Vital statistics of India. Vol. IV, Annual returns from 1871 to 1876. British Army of India, Native Army and jails of Bengal
Year: 1871
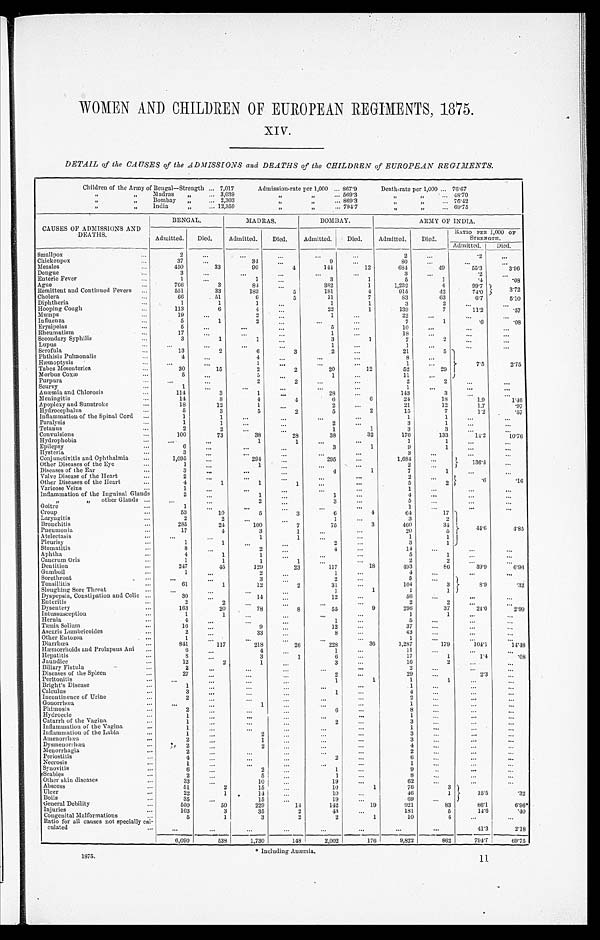
1875.
* Including Anæmia.
11
WOMEN AND CHILDREN OF EUROPEAN REGIMENTS, 1875.
X I V .
DETAIL of the CAUSES of the ADMISSIONS and DEATHS of the CHILDREN of EUROPEAN REGIMENTS.
Children of the Army of Bengal—Strength ... 7,017
Admission-rate per 1,000 ... 867.9
Death-rate per 1,000 ... 76.67
, , , , M a d r a s
„ . . .
3 , 0 3 9 , , , , . . . 5 6 9 . 3 , , , ,
. . . 4 8 . 7 0
, , , ,
, , , , B o m b a y
„ . . .
2 , 3 0 3 , , , , . . . 8 6 9 . 3 , , , , . . .
7 6 . 4 2
,,
,
,
, , , , I n d i a
,, ... 1 2 , 3 5 9
, ,
, , . . .7
9 . 4 7 , , , , . . . 6 9 . 7 5
,, ,, . . . . . . .
6 9 . 7 5
•,
CAUSES OF ADMISSIONS AND
DEATHS.
BENGAL.
MADRAS.
BOMBAY.
ARMY OF INDIA.
Admitted.
Died.
Admitted.
Died.
Admitted.
Died.
Admitted.
Died.
RATIO PER 1,000 oF
STRENGTH.
Admitted.
Died.
Smallpox
... 2
...
...
...
...
2
...
2
2
...
Chickenpox
...
37
...
34
...
9
...
80
...
...
...
Measles
...
450
33
. 90
4
144
12
684
49
55.3
3.96
Dengue
...
450
33
90
4
144
12
684
49
55.3 3.96
Enteric Fever
...
3
...
... ...
...
...
3
...
.2
.08
Ague
...
766
3
84
...
382
1
1,232
4
99.7
Remittent and Continued Fevers
...
551
33
183
5
181
4
915
42
74.0
3 . 7 2
Cholera
...
66
51
6
5
11
7
83
63
6.7
5.10
Diphtheria
...
1
1
1 ...
1
1
3
2
...
...
Hooping Cough
...
113
6
4
...
22
1
139
7
11.2
.57
Mumps
...
19
...
2
...
1
...
22
...
...
...
Influenza
...
5
1
2
...
...
7
1
.6
.08
Erysipelas
...
5
...
...
...
5
...
10
...
...
...
Rheumatism
...
17 ...
...
...
1 ...
18 ...
...
...
Secondary Syphilis
...
3
1
1
...
3
1
7
2
...
...
Lupus
...
...
...
...
...
1
...
1
...
...
...
Scrofula
...
13
2
6
3
.2
...
21
5
Phthisis Pulmonalis
...
4 ...
4
...
...
...
8
...
7.5
Hæmoptysis
...
...
...
1
...
...
...
1
...
7.5
2.75
Tabes Mesenterica
...
30
15
2
2
20
12
52
29 r
Morbus COXæ
...
5 ...
5
...
1
...
11
...
Purpura
...
...
...
2
2
...
...
2
2
...
...
Scurvy
...
1 ...
...
...
...
...
1
...
...
...
Anæmin and Chlorosis
...
114
3
1
...
28
...
143
3
...
...
Meningitis
...
14
8
4
4
6
6
24
18
1.9
1.46
Apoplexy and Sunstroke
...
18
12
1 ...
2
...
21
12
1.7
.97
Hydrocephalus
...
5
3
5
2
5
2
15
7
1.2
.57
Inflammation of the Spinal Cord
...
1
1
...
...
...
...
1
1
...
...
Paralysis
...
1
1
..
...
2
.. .
3
1 ...
...
Tetanus
...
2
2
...
...
1
1
3
3
...
...
Convulsions
...
100
73
38
28
38
32
176
133
14.2
10.76
Hydrophobia
...
...
...
1
1
...
...
1
1
...
...
Epilepsy
...
6
...
...
...
3
1
9
1
...
...
Hysteria
...
3
...
...
...
...
...
3
...
...
...
Conjunctivitis and Ophthalmia
...
1,095 ...
291
...
295 ...
1,684
...
,
Other Diseases of the Eye
...
1
...
1
...
...
...
2
...
136.4
...
Diseases of the Ear
...
3
...
...
...
4
1
7
1
...
...
Valve Disease of the Heart
...
2 ...
...
...
...
...
2 ...
...
...
Other Diseases of the Heart
...
4
1
1
1
...
...
5
2 .6
.16
Varicose Veins
. . . . . . . . .
1
...
...
..
...
...
1
...
...
...
Inflammation of the Inguinal Glands
2
...
1 ...
1
. ..
4
...
...
...
,, ,,other Glands ...
...
...
2
..
3
...
5 ...
...
...
Goitre
...
1 ...
...
...
4
...
1
...
...
...
Croup
...
53
10
5
3
6
4
64
17
Laryngitis
...
2
2
...
...
1
...
3
2 I
Bronchitis
...
285
24
100
.
7
75
3
460
34 44 44. 6
4.85
Pneumonia
.•.
17
4
3
1
...
20
o 5
Atelectasis
...
...
...
1
1
...
1
1
Pleurisy
...
1
1
...
...
2
...
3
1
Stomatitis
...
8 ...
2
...
4
...
14
...
...
...
Aphtha
...
4
1
1 ...
...
...
5
1
...
...
Canerum Oris
...
1
1
1
1
...
...
2
2
...
...
Dentition
...
247
45
129
23
117
18
493
86
39.9
6.96
Gumboil
...
1 ...
2
...
1
...
4 ...
...
...
Sorethroat
...
...
..
3
...
2
...
5
...
8.9
.32
Tonsillitis
...
61 1
12
2
31
..
104
3
8.9
Sloughing Sore Throat
...
...
...
...
1
1
1
1
Dyspepsia, Constipation and Colic ...
30
•.•
...
14
...
12
...
56
...
...
Enteritis
...
2
2
...
...
...
...
2
2
...
Dysentery
...
163
20
78
8
55
9
296
37
24.0
29.9
.
Intussuseeptlon
...
1 1
...
...
...
...
1
1
...
...
Hernia
...
4
...
...
...
1
...
5
...
...
...
Tænia Solium
...
16 ...
9
...
12
...
37
...
...
...
Ascaris Lumbricodes
...
2
...
33
...
8
...
43
...
...
...
,
Other Eutozoa
...
1
...
...
...
...
...
1
...
...
...
Diarrhœa
...
841
. . .
117
218
26
26
228
36
1,287
179
104.1
14.48
Hæmorrhoid polapsus Ani
...
6
..
4 ...
1
..
11
...
...
...
Hepatitis
...
8...
3
1
6
...
17
1
1.4
.08
Jandice
...
12
...
2
...
3
..
16
2 ...
...
Billary Fistula
...
2
...
...
...
...
...
2
...
...
...
Diseases of the Spleen
...
27
...
2 ...
29
...
2.3
...
Peritonitis
... ...
...
...
...
1
1
1
1
...
...
Bright's Disease
...
1
...
....
...
...
...
1
.
....
...
...
Calculus
...
3
...
...
..
...
...
4 ...
...
...
Incontinence of Urine
...
2
...
...
...
...
...
2
...
...
Gonorrhœa
... ...
...
1
...
...
...
1 ...
...
...
Phimosis
...
2
... ...
...
.
6
...
8
...
...
...
Hydrocele
... 1
...
...
...
...
...
1
...
...
...
Catarrh of the Vagina
...1
... ...
...
2
...
3
...
...
...
Inflammation of the Vagina
...1
...
... ...
...
...
...
1
...
...
. . .
Inflammation of the Labia
... 1
...
...
2
...
...
...
3 ...
...
...
Amenorrhœa
... 2
...
1
...
."
...
...
3 ...
...
. . .
...
Dysmenorrhœa
...
2
...
2
...
...
..
4
...
...
...
Menorrhagia
...2
...
...
...
2..
...
...
2 ...
...
......
Periostitis
... 4
...
...
...
2
...
6
...
...
...
Necrosis
... 1
... ...
...
...
...
......
...
...
Syuovitis
...
6
...
.2
...
.
1
...
9
...
...
...
Scabies
...2
......
5
...
1
...
8
...
...
...
Other skin diseases
...
33...
10...
19
62 ...
...
...
Absces
...51
2
15
...
10
1
76
3
Ulcer
...22
1
14
...
10
...
46
1
15.5
.32
Boils
......
35
...
15
...
19
...
69
...
General Debility
...
550
50
229
14
142
19
921
83
861
6.96*
Injuries
... 103
3
35
2
43
...
181
5
146
.40
Congenital Malformations
... 5
1
3
2
2
1
10
4
...
....
Ratio for all causes not specially Cal-
Culated.
...
...
...
...
...
...
...
...
...
41.3
2.18
6,090
538
1,730
148
2,002
176
9,822
862
79.41
—
69.75